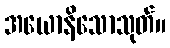
အယောနိသောသုတ်။